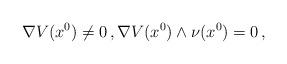
LaTeX: \begin{align*}\nabla V (x^0) \neq 0\,, \nabla V(x^0) \wedge \nu(x^0) = 0 \,,\end{align*}